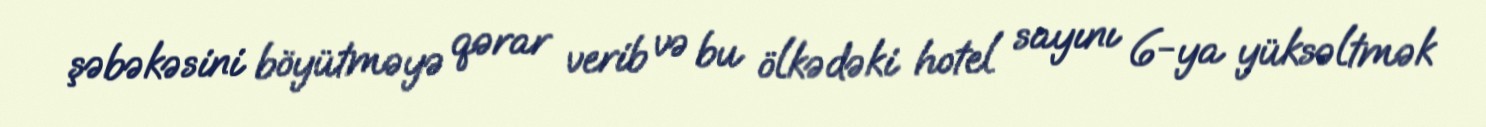
şəbəkəsini böyütməyə qərar verib və bu ölkədəki hotel sayını 6-ya yüksəltmək